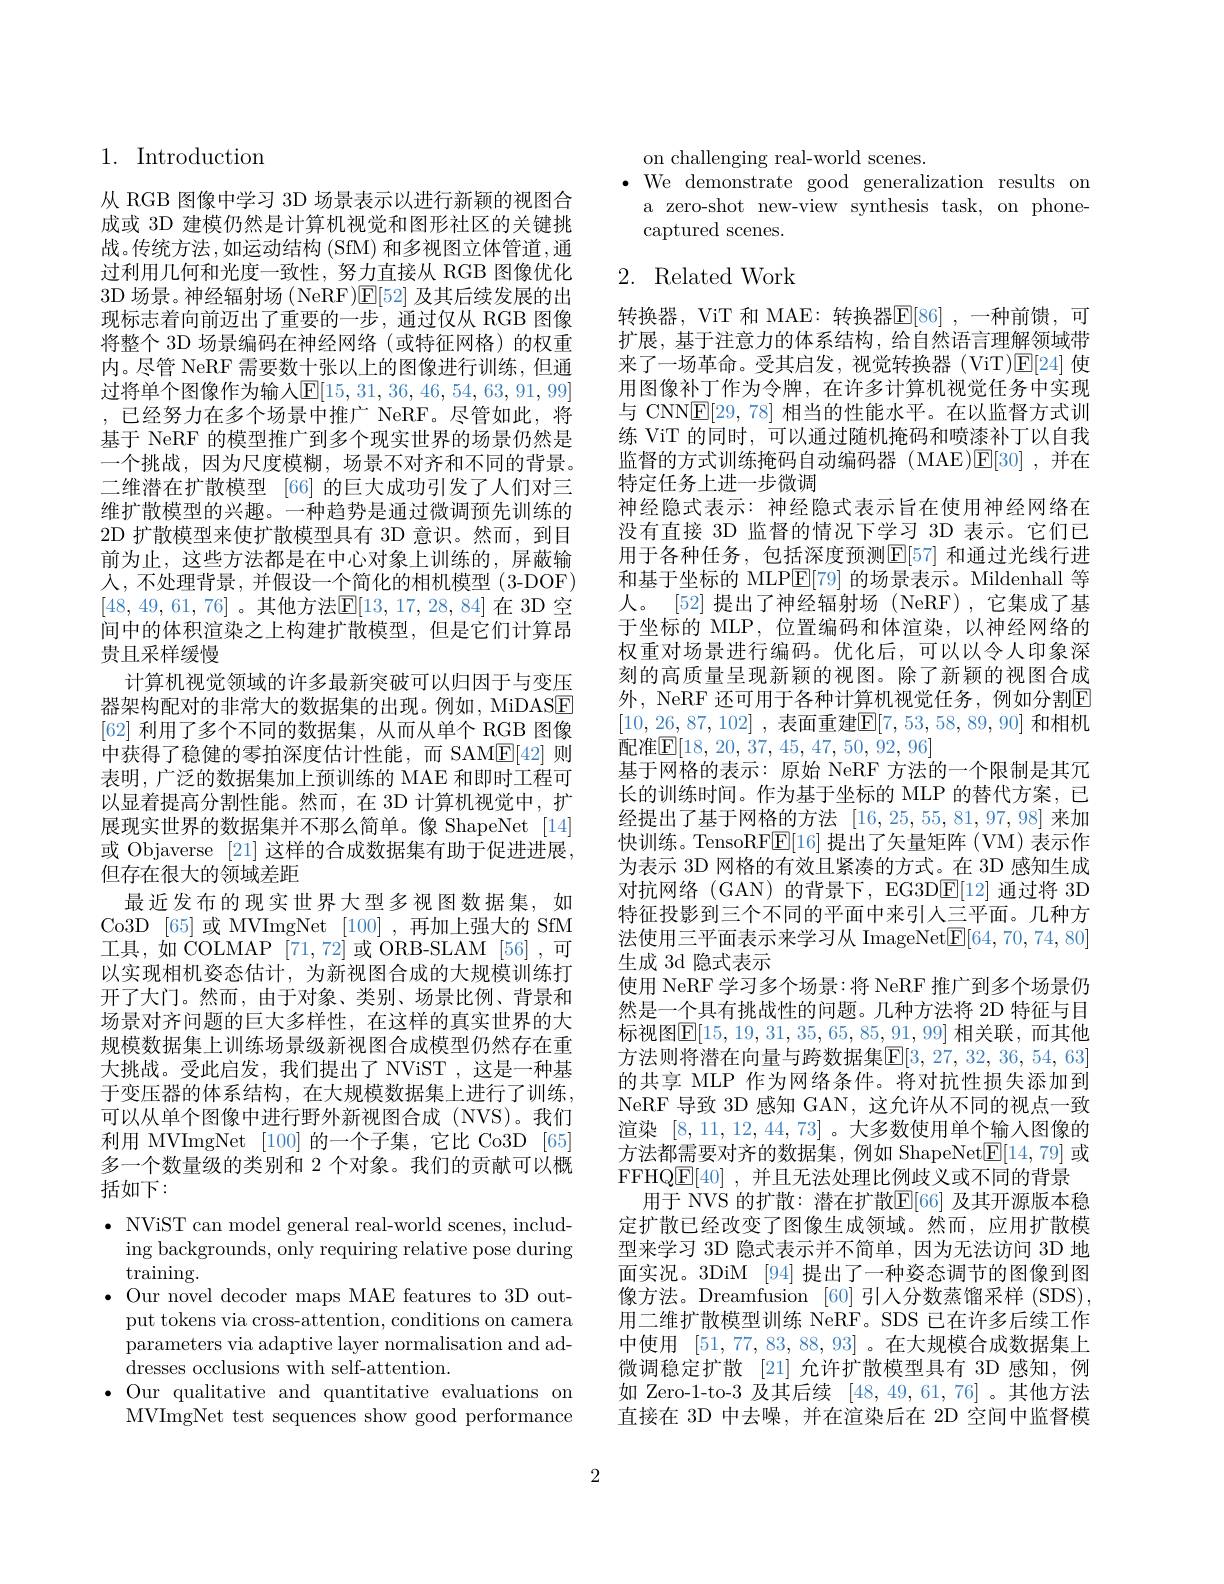
1. Introduction

从 RGB 图像中学习 3D 场景表示以进行新颖的视图合成或 3D 建模仍然是计算机视觉和图形社区的关键挑战。传统方法，如运动结构 (SfM) 和多视图立体管道，通过利用几何和光度一致性，努力直接从 RGB 图像优化3D 场景。神经辐射场 (NeRF)$\mathsf{E}[52]$及其后续发展的出现标志着向前迈出了重要的一步，通过仅从 RGB 图像将整个 3D 场景编码在神经网络(或特征网格)的权重内。尽管 NeRF 需要数十张以上的图像进行训练，但通过将单个图像作为输入$\mathbb{E}[15,31,36,46,54,63,91,99]$ ,已经努力在多个场景中推广 NeRF。尽管如此，将基于 NeRF 的模型推广到多个现实世界的场景仍然是一个挑战，因为尺度模糊，场景不对齐和不同的背景。二维潜在扩散模型 [66] 的巨大成功引发了人们对三维扩散模型的兴趣。一种趋势是通过微调预先训练的2D 扩散模型来使扩散模型具有 3D 意识。然而，到目前为止，这些方法都是在中心对象上训练的，屏蔽输人，不处理背景，并假设一个简化的相机模型(3-DOF) [48,49,61,76] 。其他方法$\mathbb{E}[13,17,28,84]$ 在 3D 空间中的体积渲染之上构建扩散模型，但是它们计算昂贵且采样缓慢
计算机视觉领域的许多最新突破可以归因于与变压器架构配对的非常大的数据集的出现。例如，MiDASE [62]利用了多个不同的数据集，从而从单个 RGB 图像中获得了稳健的零拍深度估计性能，而 SAM$\underline{\mathrm{E}}[42]$则表明，广泛的数据集加上预训练的 MAE 和即时工程可以显着提高分割性能。然而，在 3D 计算机视觉中，扩展现实世界的数据集并不那么简单。像 ShapeNet [14] 或 Objaverse [21]这样的合成数据集有助于促进进展， 但存在很大的领域差距
最近发布的现实世界大型多视图数据集，如Co3D [65]或 MVImgNet [100],再加上强大的 SfM 工具，如 COLMAP [71,72]或 ORB-SLAM [56],可以实现相机姿态估计，为新视图合成的大规模训练打开了大门。然而，由于对象、类别、场景比例、背景和场景对齐问题的巨大多样性，在这样的真实世界的大规模数据集上训练场景级新视图合成模型仍然存在重大挑战。受此启发，我们提出了 NViST ,这是一种基于变压器的体系结构，在大规模数据集上进行了训练， 可以从单个图像中进行野外新视图合成(NVS)。我们利用 MVImgNet [100]的一个子集，它比 Co3D [65] 多一个数量级的类别和 2 个对象。我们的贡献可以概括如下：
$\bullet$ NViST can model general real-world scenes, includ-

ing backgrounds, only requiring relative pose during
training.
$\bullet$ Our novel decoder maps MAE features to 3D out-
put tokens via cross-attention, conditions on camera parameters via adaptive layer normalisation and addresses occlusions with self-attention.
$\bullet$ Our qualitative and quantitative evaluations on
MVImgNet test sequences show good performance

on challenging real-world scenes.
$\bullet$ We demonstrate good generalization results on
a zero-shot new-view synthesis task, on phone-
captured scenes.

# 2. Related Work

转换器，ViT 和 MAE: 转换器$\mathbb{E}[86]$ ,一种前馈，可扩展，基于注意力的体系结构，给自然语言理解领域带来了一场革命。受其启发，视觉转换器(ViT)$\mathbb{E}[24]$使用图像补丁作为令牌，在许多计算机视觉任务中实现与 CNN$\mathbb{E}[29,78]$相当的性能水平。在以监督方式训练 ViT 的同时，可以通过随机掩码和喷漆补丁以自我监督的方式训练掩码自动编码器 (MAE)$\mathsf{E}[30]$ ,并在特定任务上进一步微调
神经隐式表示：神经隐式表示旨在使用神经网络在没有直接 3D 监督的情况下学习 3D 表示。它们已用于各种任务，包括深度预测$\mathbb{E}[57]$ 和通过光线行进和基于坐标的 MLP$\underline{\mathrm{E}}[79]$的场景表示。Mildenhall 等人。[52] 提出了神经辐射场 (NeRF),它集成了基于坐标的 MLP,位置编码和体渲染，以神经网络的权重对场景进行编码。优化后，可以以令人印象深刻的高质量呈现新颖的视图。除了新颖的视图合成外，NeRF 还可用于各种计算机视觉任务，例如分割$\mathbb{E}$ [10,26,87,102] ,表面重建$\mathbb{E}[7,53,58,89,90]$ 和相机配准$\boxed{\mathrm{F}}[18,20,37,45,47,50,92,96]$
基于网格的表示：原始 NeRF 方法的一个限制是其冗长的训练时间。作为基于坐标的 MLP 的替代方案，已经提出了基于网格的方法[16,25,55,81,97,98]来加快训练。TensoRF$\boxed{\mathrm{E}}[16]$提出了矢量矩阵(VM)表示作为表示 3D 网格的有效且紧凑的方式。在 3D 感知生成对抗网络 (GAN) 的背景下，EG3D$\underline{\mathrm{E}}[12]$通过将 3D 特征投影到三个不同的平面中来引人三平面。几种方法使用三平面表示来学习从 ImageNet$\underline{\mathrm{E}}[64,70,74,80]$ 生成 3d 隐式表示
使用 NeRF 学习多个场景：将 NeRF 推广到多个场景仍然是一个具有挑战性的问题。几种方法将 2D 特征与目标视图$\mathbb{E}[15,19,31,35,65,85,91,99]$ 相关联，而其他方法则将潜在向量与跨数据集$\mathbb{E}[3,27,32,36,54,63]$ 的共享 MLP 作为网络条件。将对抗性损失添加到NeRF 导致 3D 感知 GAN, 这允许从不同的视点一致渲染[8,11,12,44,73]。大多数使用单个输入图像的方法都需要对齐的数据集，例如 ShapeNet$\underline{\mathrm{F}}[14,79]$或FFHQ$\underline{\mathrm{E}}[40]$ ,并且无法处理比例歧义或不同的背景
用于 NVS 的扩散：潜在扩散$\mathbb{E}[66]$ 及其开源版本稳定扩散已经改变了图像生成领域。然而，应用扩散模型来学习 3D 隐式表示并不简单，因为无法访问 3D 地面实况。3DiM [94]提出了一种姿态调节的图像到图像方法。Dreamfusion [60]引人分数蒸馏采样 (SDS), 用二维扩散模型训练 NeRF。SDS 已在许多后续工作中使用[51,77,83,88,93] 。在大规模合成数据集上微调稳定扩散 [21]允许扩散模型具有 3D 感知，例如 Zero-1-to-3 及其后续[48,49,61,76] 。其他方法直接在 3D 中去噪，并在渲染后在 2D 空间中监督模

2